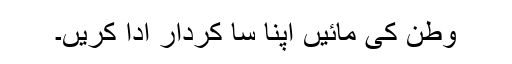
وطن کی مائیں اپنا سا کردار ادا کریں۔